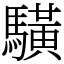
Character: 䮲